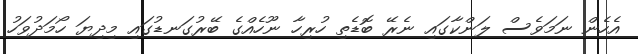
އެހެން ނަމަވެސް ލަންކާގައި ނެރޭ ބޮޑެތި ހުރިހާ ނޫހެއްގެ ބޭރުގަނޑުގައި މިދިޔަ ހޯމަދުވަހު